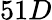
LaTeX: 51D